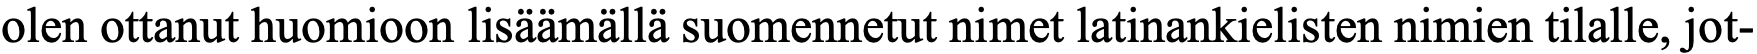
olen ottanut huomioon lisäämällä suomennetut nimet latinankielisten nimien tilalle, jot-